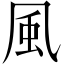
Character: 風